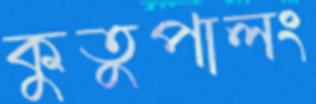
কুতুপালং